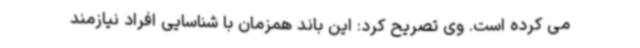
می کرده است. وی تصریح کرد: این باند همزمان با شناسایی افراد نیازمند